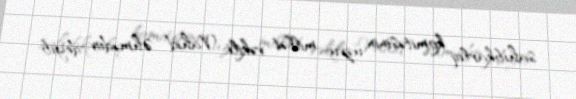
sahibkarlıq komitəsinin üzvü, millət vəkili Vahid Əhmədov deyib.